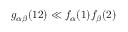
g _ { \alpha \beta } ( 1 2 ) \ll f _ { \alpha } ( 1 ) f _ { \beta } ( 2 )